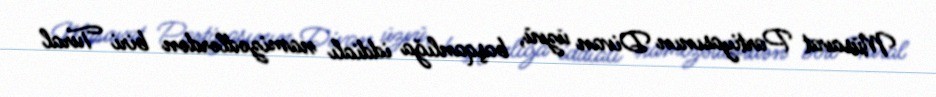
Müsavat Partiyasının Divan üzvü, başqanlığa iddialı namizədlərdən biri Tural